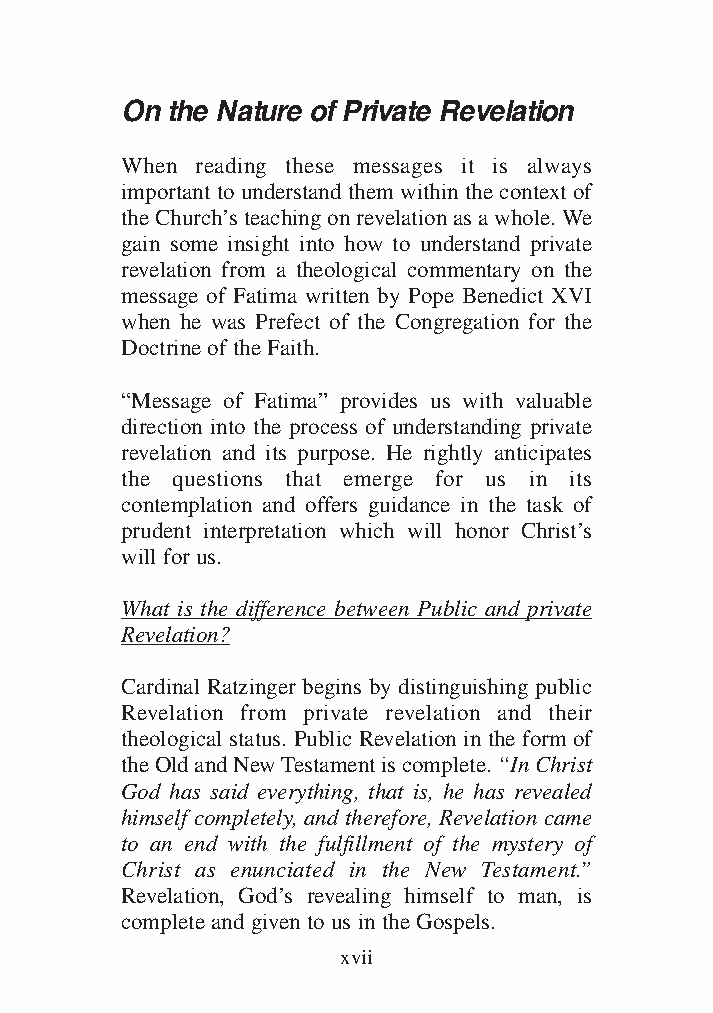
DFOT Vol 5 No App_1 12/3/13 8:54 PM Page xvii
 On the Nature of Private Revelation
 When reading these messages it is always
 important to understand them within the context of
 the Church’s teaching on revelation as a whole. We
 gain some insight into how to understand private
 revelation from a theological commentary on the
 message of Fatima written by Pope Benedict XVI
 when he was Prefect of the Congregation for the
 Doctrine of the Faith.
 “Message of Fatima” provides us with valuable
 direction into the process of understanding private
 revelation and its purpose. He rightly anticipates
 the questions that emerge for us in its
 contemplation and offers guidance in the task of
 prudent interpretation which will honor Christ’s
 will for us.
 What is the difference between Public and private
 Revelation?
 Cardinal Ratzinger begins by distinguishing public
 Revelation from private revelation and their
 theological status. Public Revelation in the form of
 the Old and New Testament is complete. “In Christ
 God has said everything, that is, he has revealed
 himself completely, and therefore, Revelation came
 to an end with the fulfillment of the mystery of
 Christ as enunciated in the New Testament.”
 Revelation, God’s revealing himself to man, is
 complete and given to us in the Gospels.
 xvii